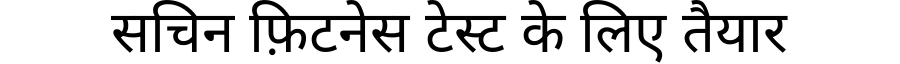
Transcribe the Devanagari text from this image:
सचिन फ़िटनेस टेस्ट के लिए तैयार